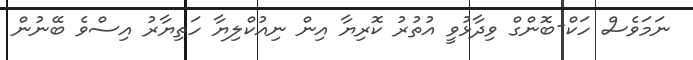
ނަމަވެސް ހަކް-ބޮންގް ވިދާޅުވީ އުތުރު ކޮރިޔާ އިން ނިއުކްލިޔާ ހަތިޔާރު އިސްވެ ބޭނުން